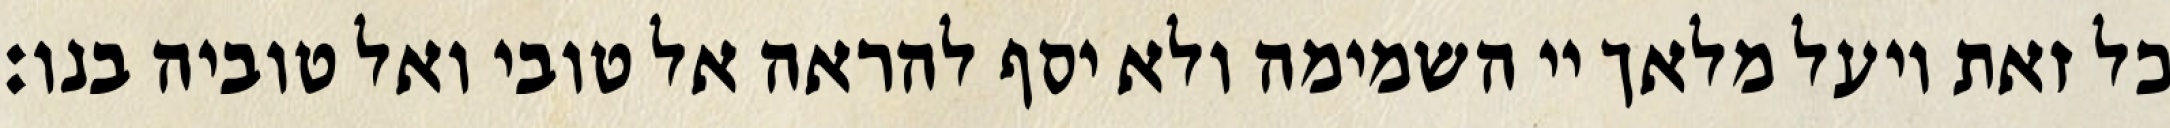
כל זאת ויעל מלאך יי השמימה ולא יסף להראה אל טובי ואל טוביה בנו: